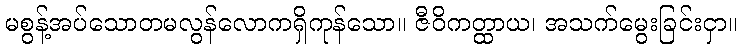
မစွန့်အပ်သောတမလွန်လောကရှိကုန်သော။ ဇီဝိကတ္ထာယ၊ အသက်မွေးခြင်းငှာ။